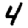
Digit: 4